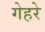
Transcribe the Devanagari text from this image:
गेहरे